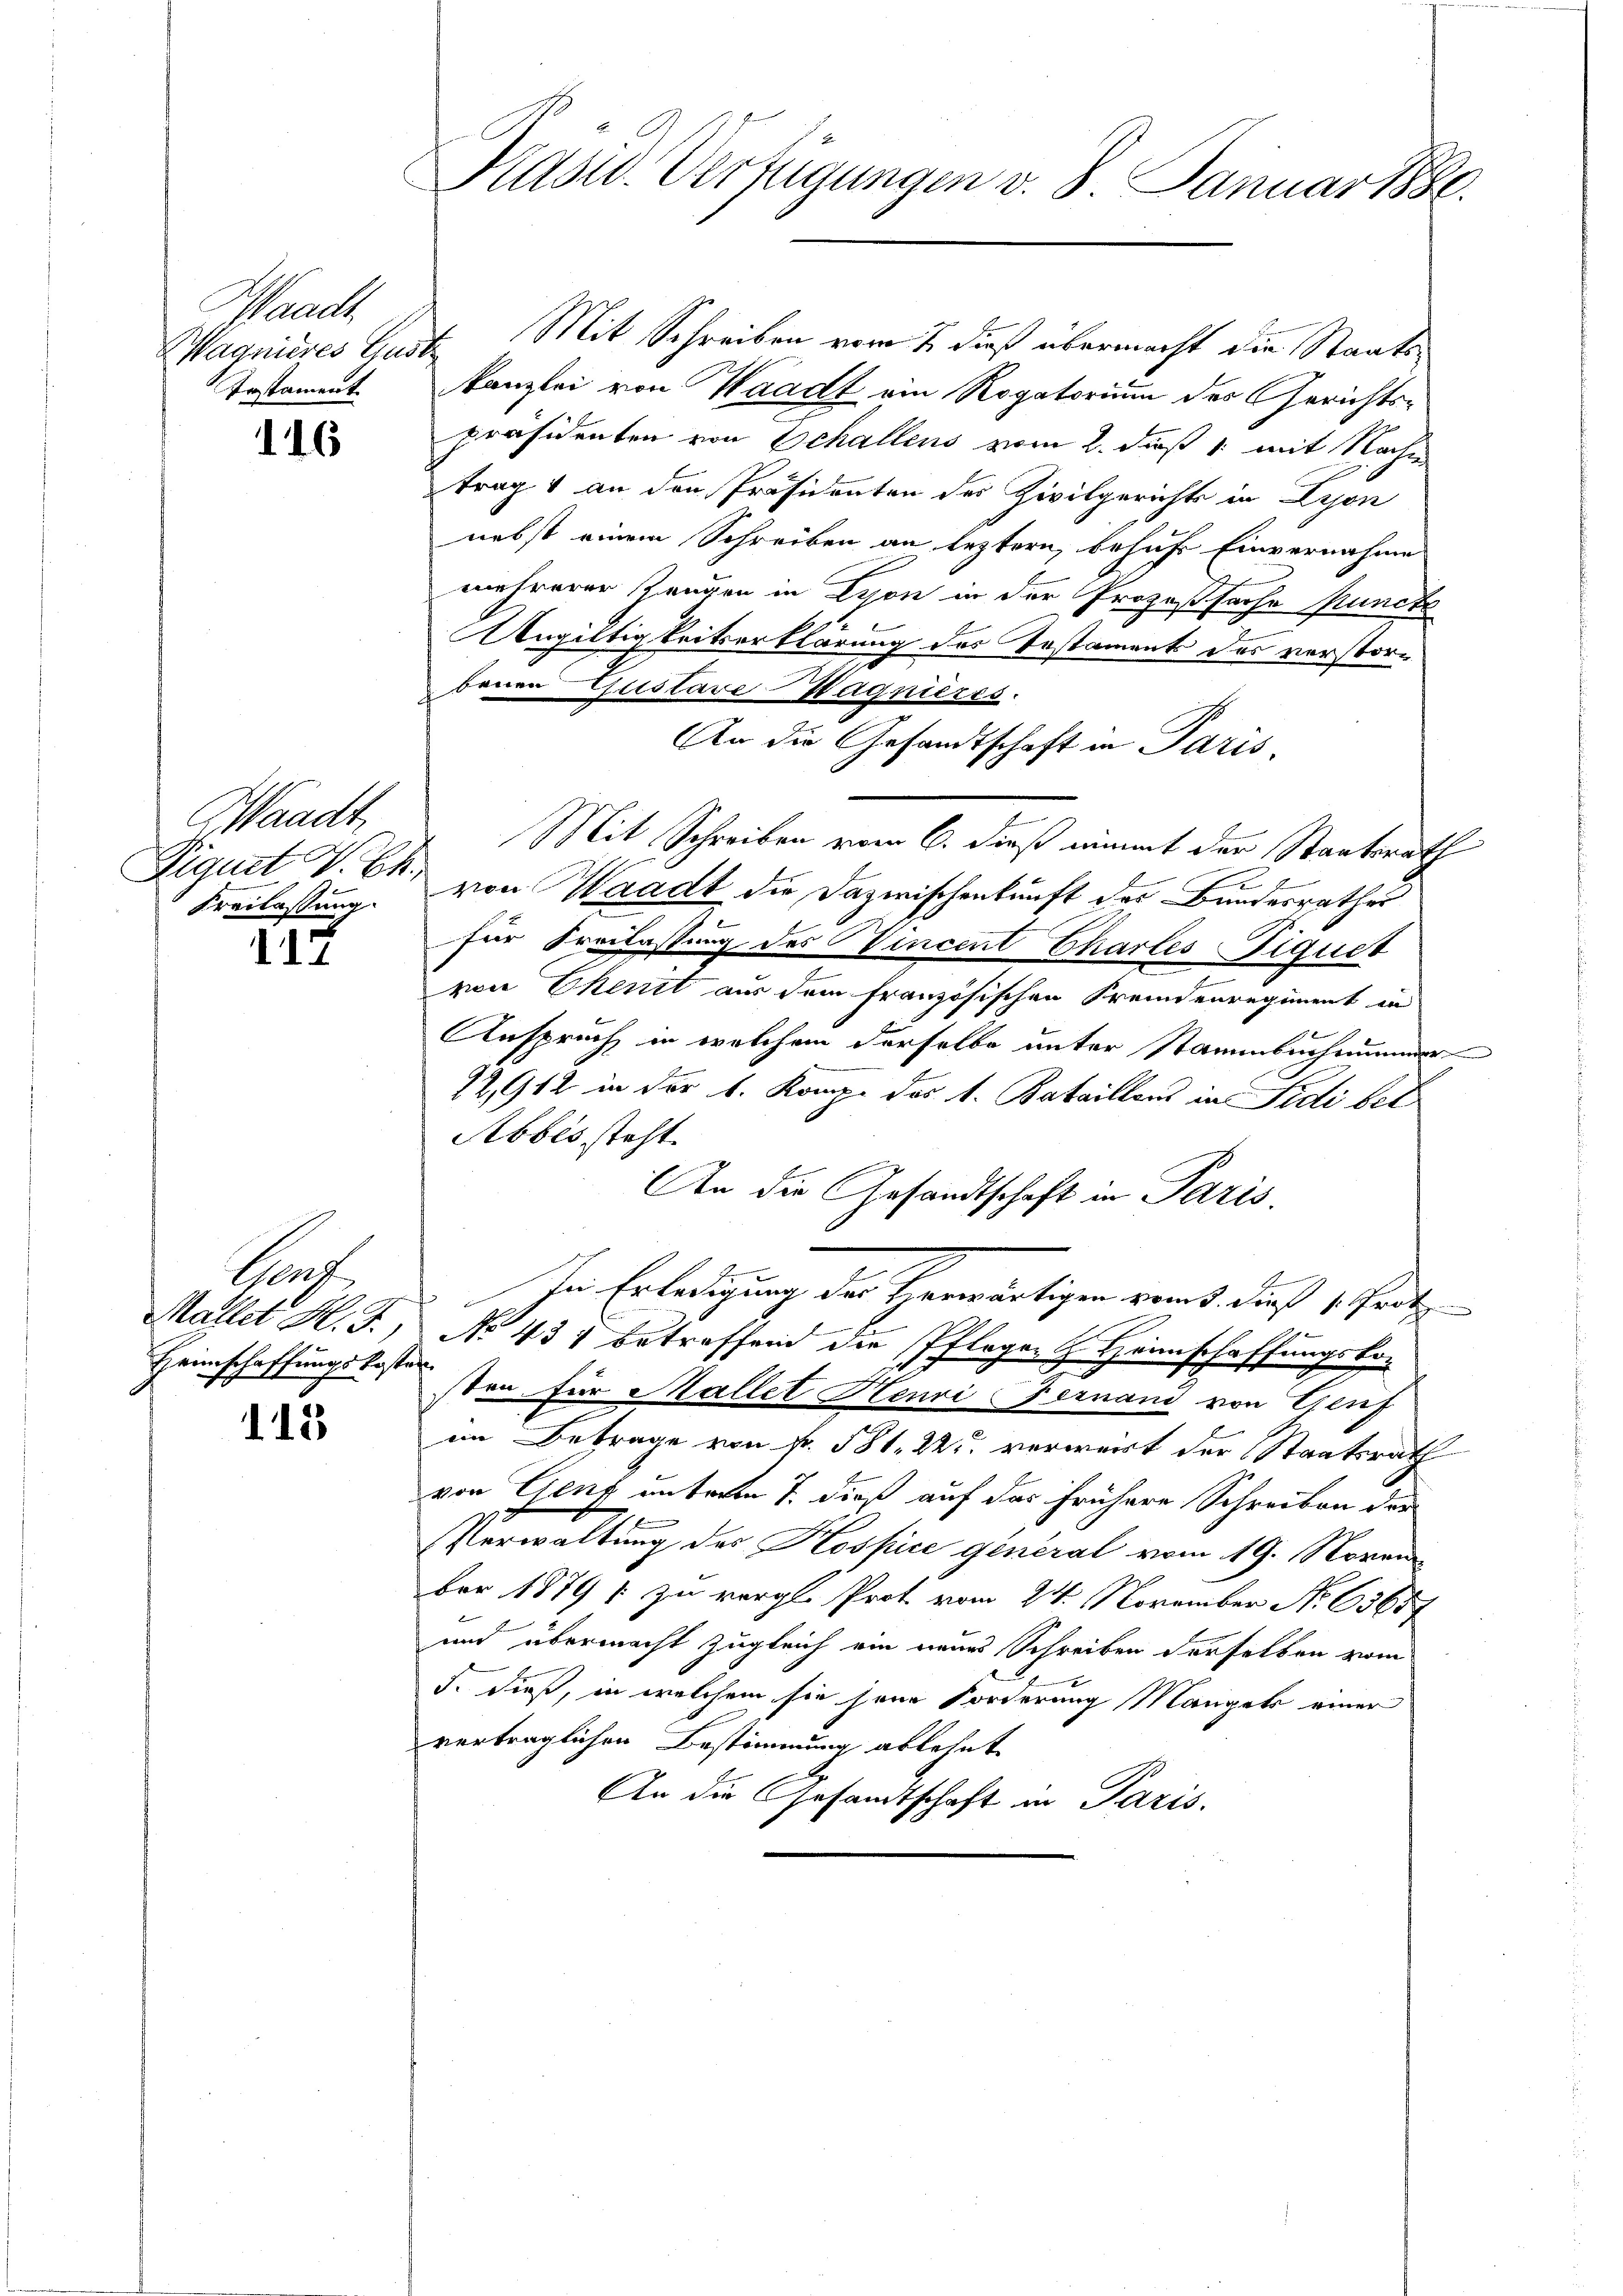
Waadt
Testament

146

Waadt
Freilassung.

117

Porf
Mallet M. J.
Heimschaffungskoster

113

Magnieres Lust Mit Schreiben vom 2. dieß übermacht die Staats¬
Kanzlei von Waadt ein Rogatorium des Gerichtspräsidenten von Schallens vom 2. daß 1 mit Nachm
trag & an den Präsidenten des Zivilgerichts in Lyon
nebst einem Schreiben an leztern, behufs Einvernahme
mehrerer Rangen in Lyon in der Prozeßsache Puncte
Ungültigkeitserklärung des Testaments des verstorbenen GustaveHagnieres.
An die Gesandtschaft in Paris,
Mit Schreiben vom 6. dieß nimmt der Staatsrath
Piquet V. C. von Waadt die Dazwischenkunft des Bundesrathes
für Freilastung des Vincent Chartes Fiquet
von Ekenit aus dem französischen Fremdenregiment in
Anspruch in welchem derselbe unter Stammbuchnummer
12,912 in der 1. Komp. des 1. Bataillons in Fidi bet
Abbes steht.
An die Gesandtschaft in Paris.
se Erledigung der Herwärtigen reit, dieß 1 Trotz
No 431 betreffend die Pflegen & Heimschaffungsko-
u
sten für Mallet Henri Fernand von Genf
im Betrage von Nr. 581. 22. verweist der Staatsrath
von Genf unterm 7. dieß auf das frühere Schreiben der
Verwaltung des Hospice general vom 19. Novem
ber 1879 / zu vergl. Prot. vom 24. November No 63657
und übermacht zugleich ein neues Schreiben derselben vom
5. dieß, in welchem sie seine Forderung Mangels einer
verträglichen Bestimmung ablehnt
An die Gesandtschaft in Paris.

Prasw. Verfügungen v. 8. Januar 1880.